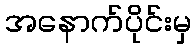
အနောက်ပိုင်းမှ